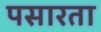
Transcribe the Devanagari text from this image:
पसारता